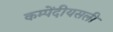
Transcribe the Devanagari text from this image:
कम्पेंदीयसली